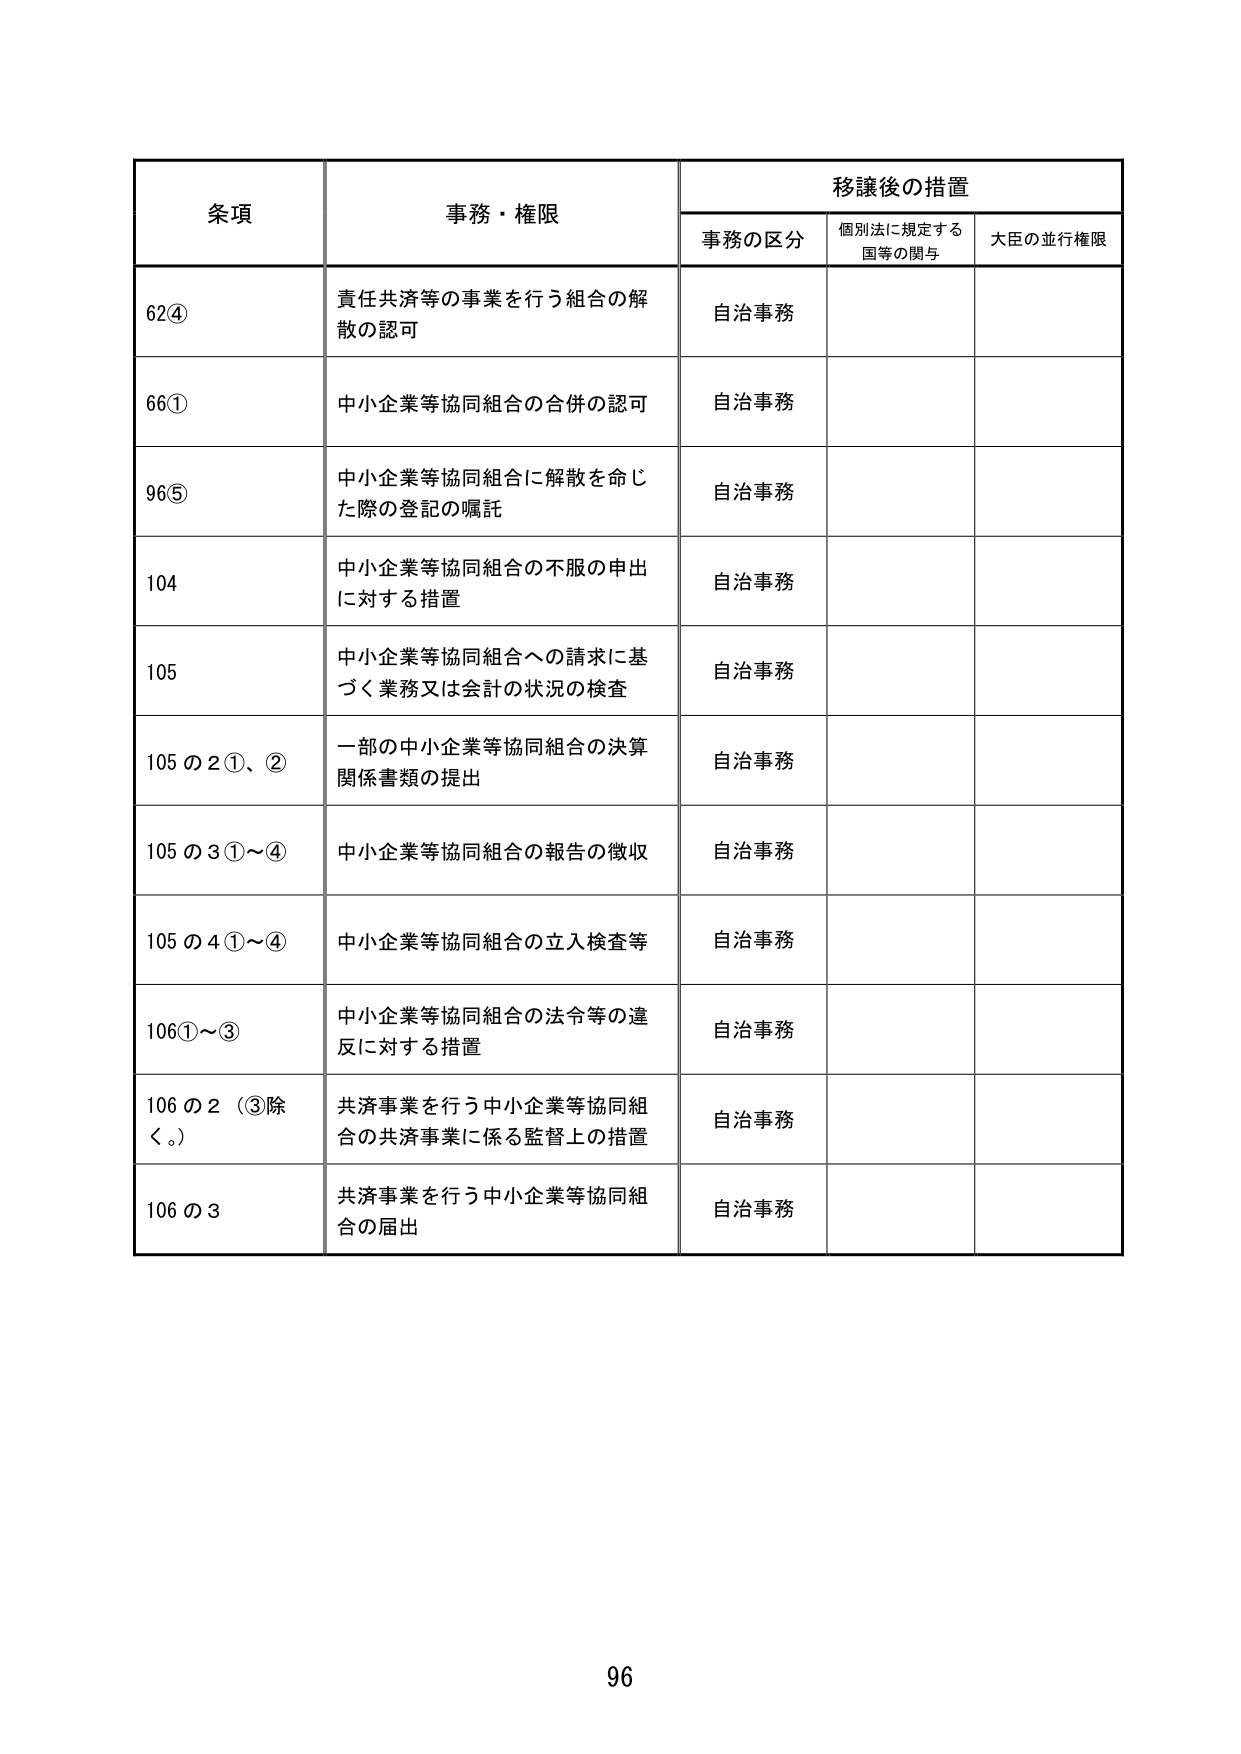
条項 事務・権限 移譲後の措置
事務の区分 個別法に規定する 国等の関与 大臣の並行権限
62④ 責任共済等の事業を行う組合の解散の認可 自治事務
66① 中小企業等協同組合の合併の認可 自治事務
96⑤ 中小企業等協同組合に解散を命じた際の登記の嘱託 自治事務
104 中小企業等協同組合の不服の申出に対する措置 自治事務
105 中小企業等協同組合への請求に基づく業務又は会計の状況の検査 自治事務
105の2①、② 一部の中小企業等協同組合の決算関係書類の提出 自治事務
105の3①～④ 中小企業等協同組合の報告の徴収 自治事務
105の4①～④ 中小企業等協同組合の立入検査等 自治事務
106①～③ 中小企業等協同組合の法令等の違反に対する措置 自治事務
106の2（③除く。） 共済事業を行う中小企業等協同組合の共済事業に係る監督上の措置 自治事務
106の3 共済事業を行う中小企業等協同組合の届出 自治事務
96